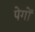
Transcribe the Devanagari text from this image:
पेगों